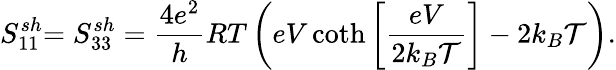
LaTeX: {S_{11}^{sh}}{=S_{33}^{sh}=\frac{4e^{2}}{h}RT\left(eV\coth\left[\frac{eV}{2k_{B}\mathcal{T}}\right]-2k_{B}\mathcal{T}\right).}